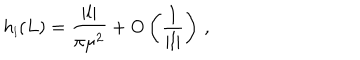
h _ { \scriptscriptstyle { l } } ( L ) = \frac { | l | } { \pi \mu ^ { 2 } } + \mathrm { O } \left( \frac { 1 } { | l | } \right) \, ,